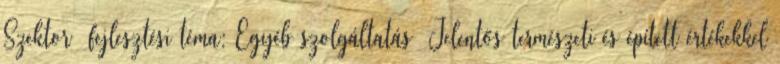
Szektor fejlesztési téma: Egyéb szolgáltatás ▪Jelentős természeti és épített értékekkel